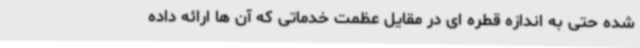
شده حتی به اندازه قطره ای در مقایل عظمت خدماتی که آن ها ارائه داده